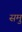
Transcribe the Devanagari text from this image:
समु